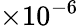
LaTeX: \times 10^{-6}